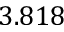
3 . 8 1 8